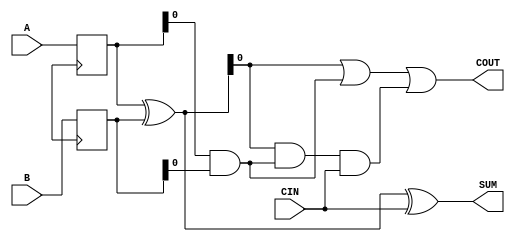
module CLA_Adder (
    input [7:0] A, B,
    input CIN,
    output [7:0] SUM,
    output COUT
);

reg [7:0] input_A_reg, input_B_reg;
wire [7:0] xor_out;
wire [7:0] carry;
wire P, G;

// Input Registers
always @(posedge clk) begin
    input_A_reg <= A;
    input_B_reg <= B;
end

// XOR Gates
assign xor_out = input_A_reg ^ input_B_reg;

// AND Gates
assign carry = input_A_reg & input_B_reg;

// Carry Lookahead Logic
assign P = xor_out | carry;
assign G = xor_out & carry;

assign SUM = xor_out ^ CIN;
assign COUT = P | (G & CIN);

endmodule